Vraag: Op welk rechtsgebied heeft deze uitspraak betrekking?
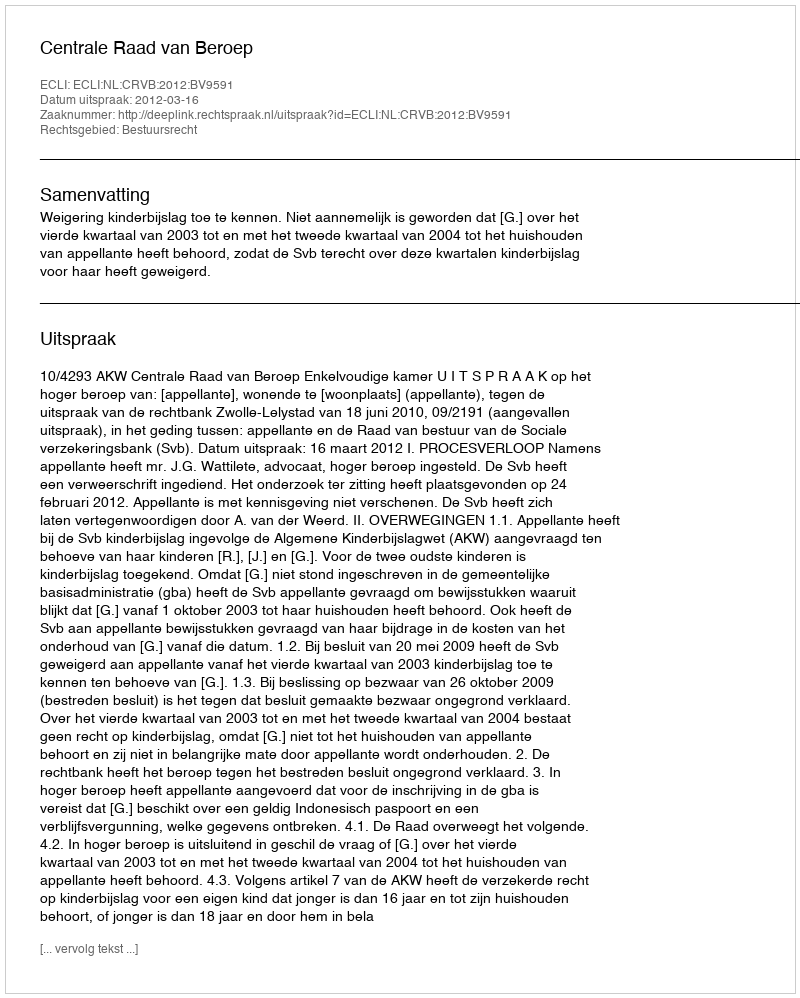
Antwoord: Bestuursrecht